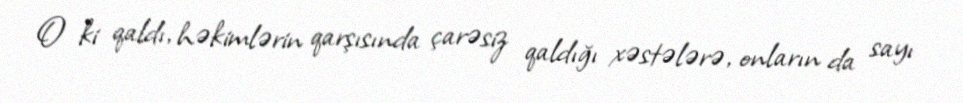
O ki qaldı, həkimlərin qarşısında çarəsiz qaldığı xəstələrə, onların da sayı